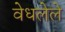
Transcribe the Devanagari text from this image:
वेधलेले